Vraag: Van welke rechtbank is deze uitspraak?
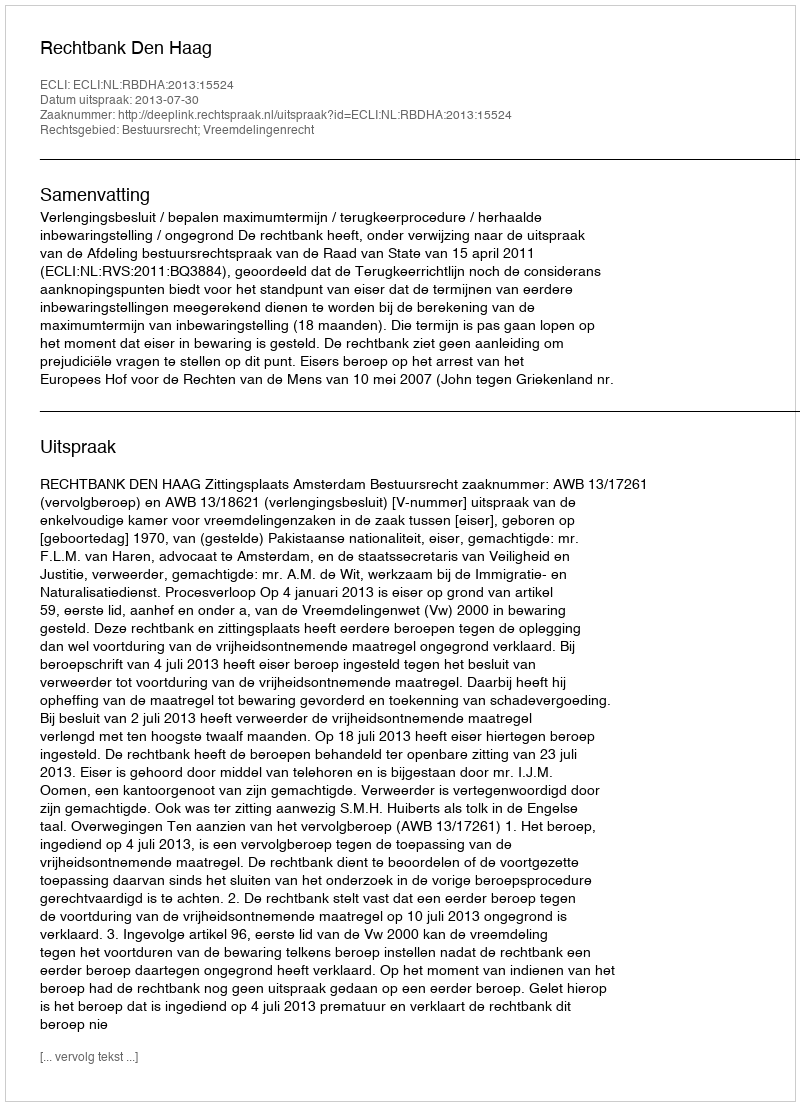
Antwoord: Rechtbank Den Haag